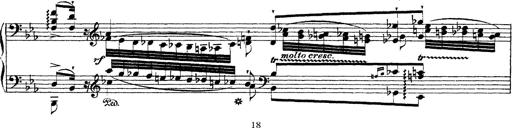
Title: Ã‰tudes d'exÃ©cution transcendante d'aprÃ¨s Paganini
Composer: Franz Liszt